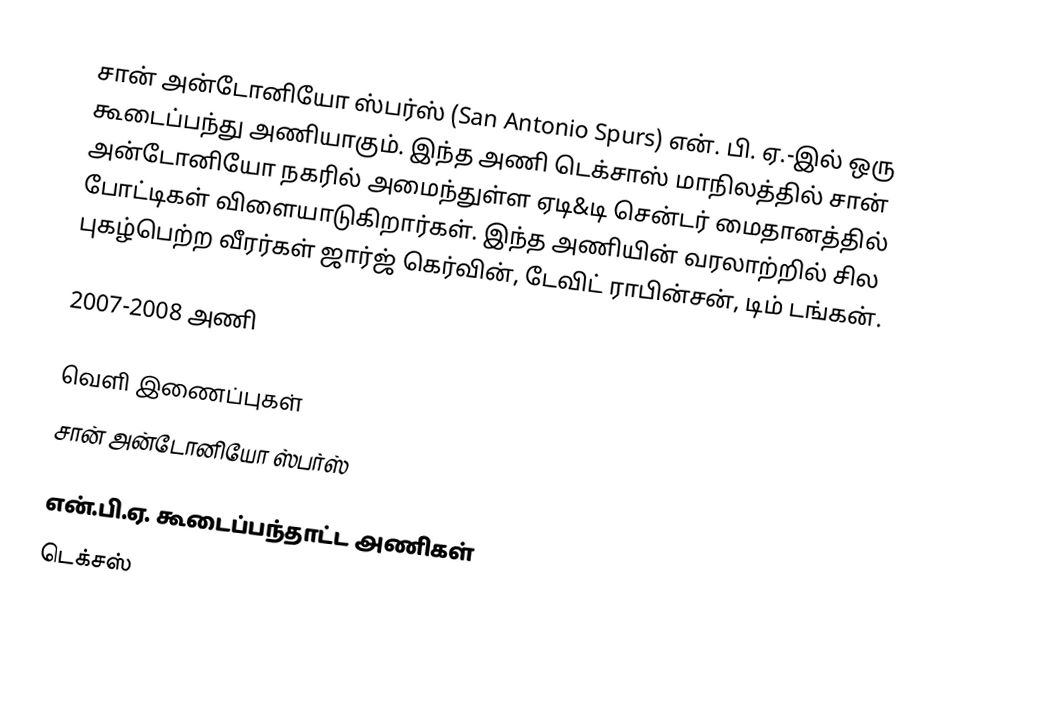
சான் அன்டோனியோ ஸ்பர்ஸ் (San Antonio Spurs) என். பி. ஏ.-இல் ஒரு கூடைப்பந்து அணியாகும். இந்த அணி டெக்சாஸ் மாநிலத்தில் சான் அன்டோனியோ நகரில் அமைந்துள்ள  ஏடி&டி சென்டர் மைதானத்தில் போட்டிகள் விளையாடுகிறார்கள். இந்த அணியின் வரலாற்றில் சில புகழ்பெற்ற வீரர்கள் ஜார்ஜ் கெர்வின், டேவிட் ராபின்சன், டிம் டங்கன்.

2007-2008 அணி

வெளி இணைப்புகள்
 சான் அன்டோனியோ ஸ்பர்ஸ்

என்.பி.ஏ. கூடைப்பந்தாட்ட அணிகள்
டெக்சஸ்